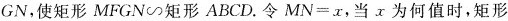
BGN，使矩形MFGN∽矩形ABCD。令是$$M N = x$$，当x为何值时，矩形